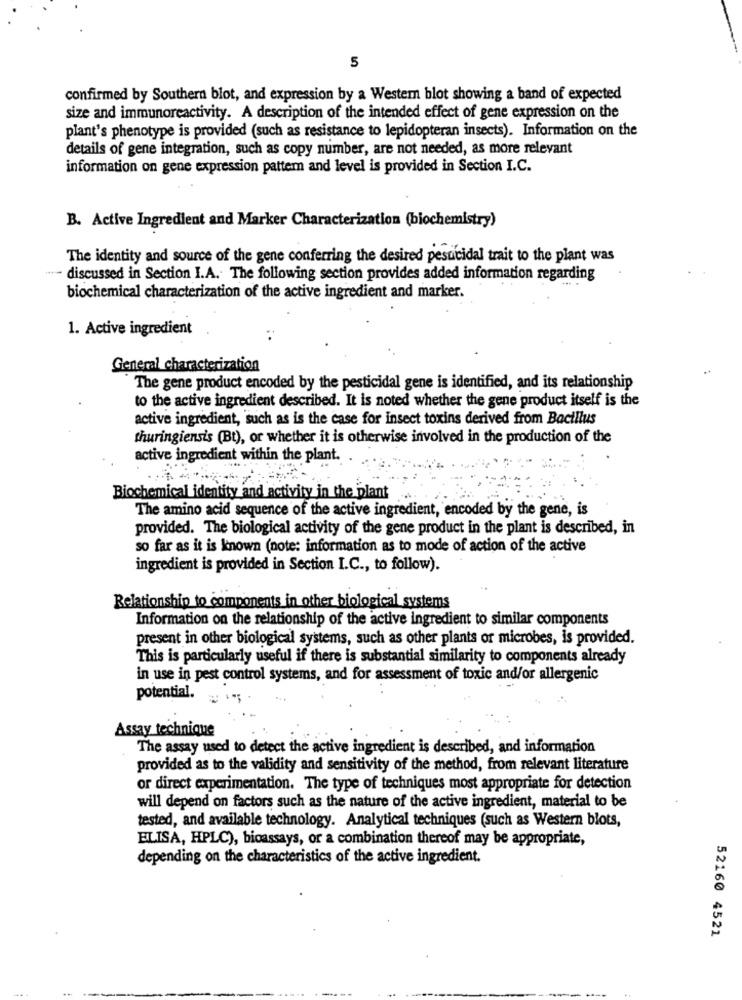
5
confirmed by Southern blot, and expression by a Westem blot showing a band of expected
size and immunoreactivity. A description of the intended effect of gene expression on the
plant's phenotype is provided (such as resistance to lepidopteran insects). Information on the
details of gene integration, such as copy number, are not needed, as more relevant
information on gene expression pattem and level is provided in Section I.C.
B. Active Ingredient and Marker Characterization (biochemistry)
The identity and source of the gene conferring the desired pesuicidal trait to the plant was
" **- discussed in Section I.A. The following section provides added information regarding
biochemical characterization of the active ingredient and marker.
1. Active ingredient
General characterization
The gene product encoded by the pesticidal gene is identified, and its relationship
to the active ingredient described. It is noted whether the gene product itself is the
active ingredient, such as is the case for insect toxins derived from Bacillus
thuringiensis (Bt), or whether it is otherwise involved in the production of the
active ingredient within the plant.
Biochemical identity and activity in the plant
The amino acid sequence of the active ingredient, encoded by the gene, is
provided. The biological activity of the gene product in the plant is described, in
so far as it is known (note: information as to mode of action of the active
ingredient is provided in Section I.C ., to follow).
Relationship to components in other biological systems
Information on the relationship of the active ingredient to similar components
present in other biological systems, such as other plants or microbes, is provided.
This is particularly useful if there is substantial similarity to components already
in use in pest control systems, and for assessment of toxic and/or allergenic
potential.
Assay technique
The assay used to detect the active ingredient is described, and information
provided as to the validity and sensitivity of the method, from relevant literature
or direct experimentation. The type of techniques most appropriate for detection
will depend on factors such as the nature of the active ingredient, material to be
tested, and available technology. Analytical techniques (such as Western blots,
ELISA, HPLC), bioassays, or a combination thereof may be appropriate,
depending on the characteristics of the active ingredient.
52160 4521